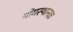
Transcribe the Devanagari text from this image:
योगस्थानक